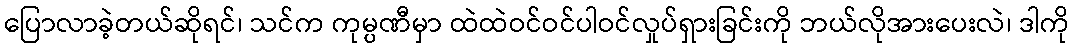
ပြောလာခဲ့တယ်ဆိုရင်၊ သင်က ကုမ္ပဏီမှာ ထဲထဲဝင်ဝင်ပါဝင်လှုပ်ရှားခြင်းကို ဘယ်လိုအားပေးလဲ၊ ဒါကို